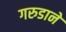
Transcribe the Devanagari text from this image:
गरुडाने